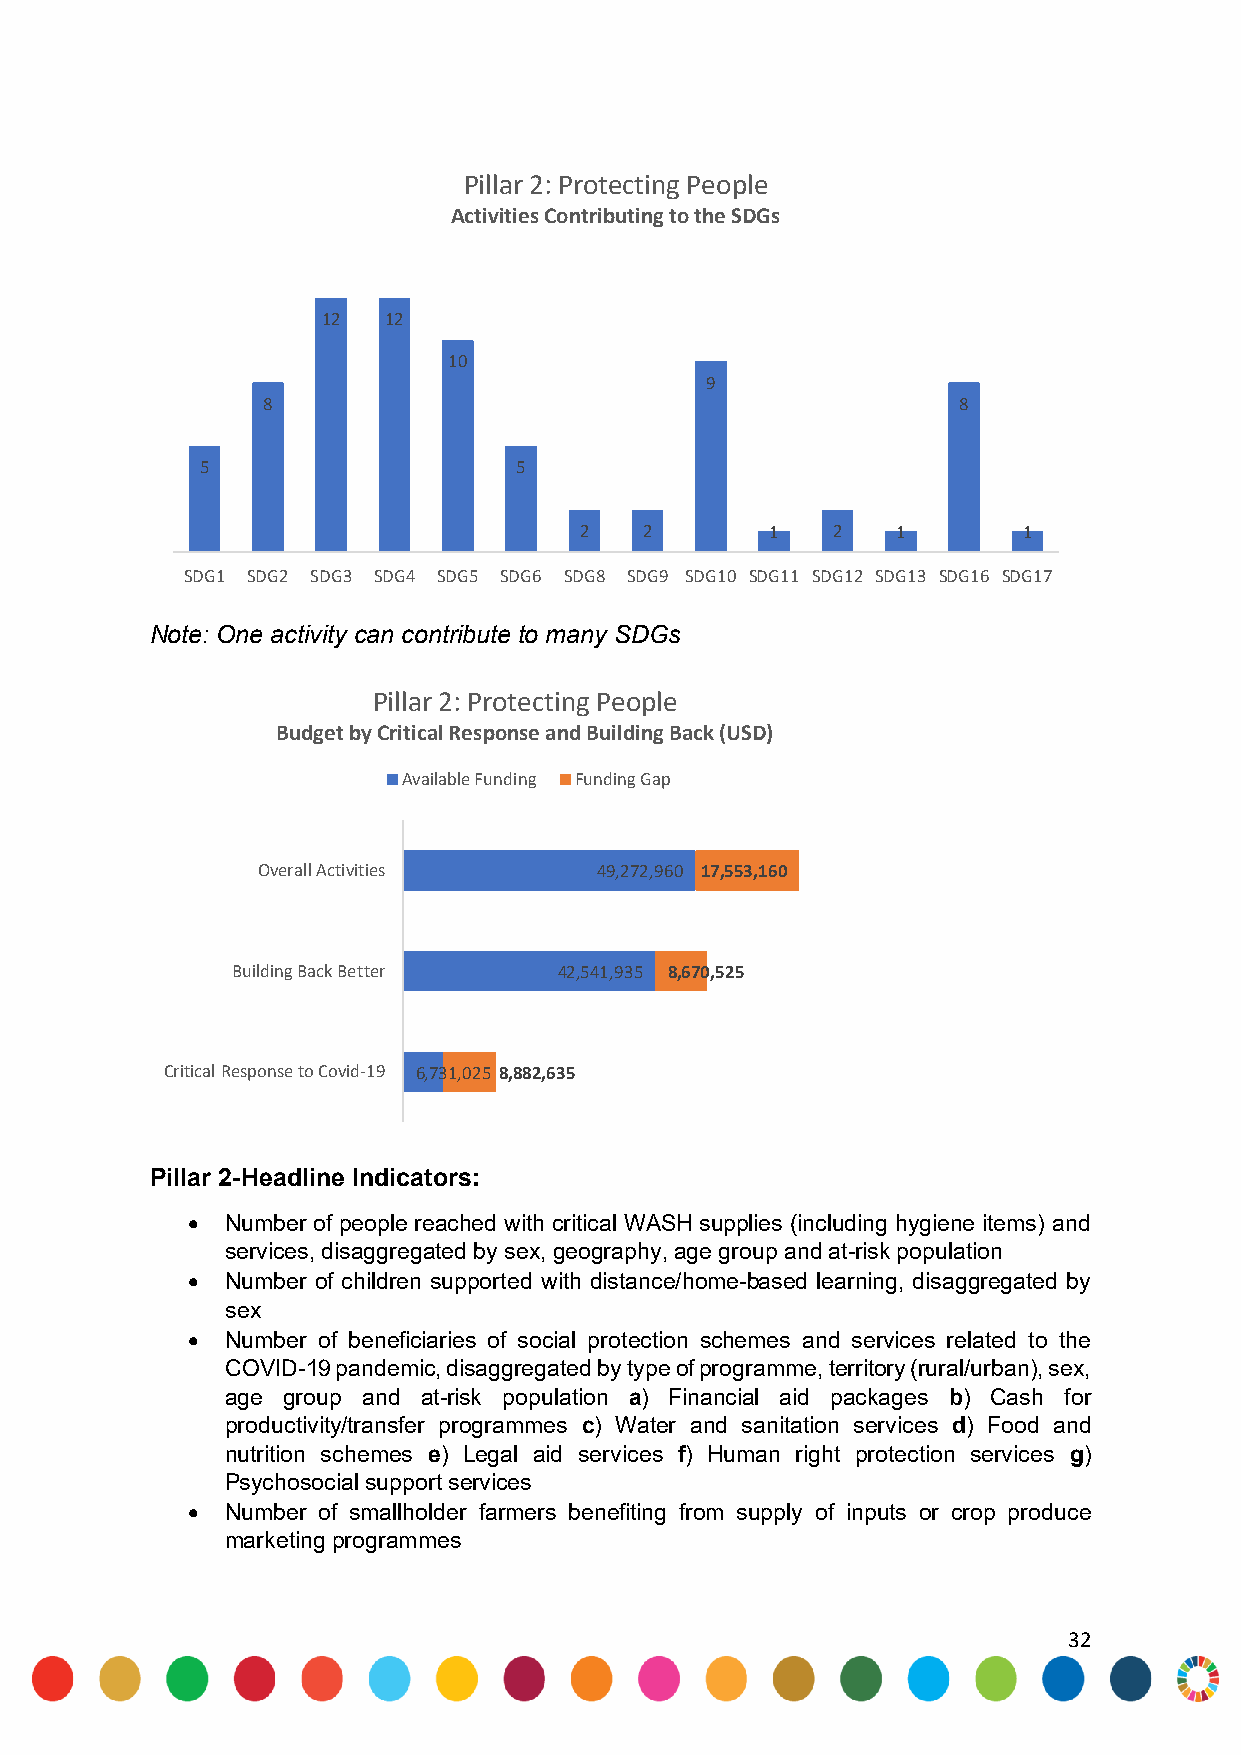
Pillar 2: Protecting People
 Activities Contributing to the SDGs
 12  12
 10
 9
 8                                             8
 5                    5
 2    2       1   2   1        1
 SDG1 SDG2 SDG3 SDG4 SDG5 SDG6 SDG8 SDG9 SDG10 SDG11 SDG12 SDG13 SDG16 SDG17
 Note: One activity can contribute to many SDGs
 Pillar 2: Protecting People
 Budget by Critical Response and Building Back (USD)
 Available Funding Funding Gap
 Overall Activities     49,272,960 17,553,160
 Building Back Better  42,541,935 8,670,525
 Critical Response to Covid-19 6,731,025 8,882,635
 Pillar 2-Headline Indicators:
   Number of people reached with critical WASH supplies (including hygiene items) and
 services, disaggregated by sex, geography, age group and at-risk population
   Number of children supported with distance/home-based learning, disaggregated by
 sex
   Number of beneficiaries of social protection schemes and services related to the
 COVID-19 pandemic, disaggregated by type of programme, territory (rural/urban), sex,
 age group and at-risk population a) Financial aid packages b) Cash for
 productivity/transfer programmes c) Water and sanitation services d) Food and
 nutrition schemes e) Legal aid services f) Human right protection services g)
 Psychosocial support services
   Number of smallholder farmers benefiting from supply of inputs or crop produce
 marketing programmes
 32